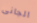
الجانى